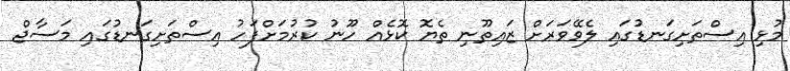
މުޅި އިސްތަށިގަނޑުގައި ލެވޭވަރަށް ޒައިތޫނި ތެޔޮ ކޮޅެއް ހޫނު ކުރުމަށްފަހު އިސްތަށިގަނޑުގައި މަސާޖް